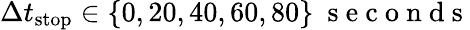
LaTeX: \Delta t_{\mathrm{stop}}\in\{ 0,20,40,60,80\} ~\mathrm{~s~e~c~o~n~d~s~}